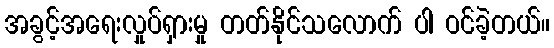
အခွင့်အရေးလှုပ်ရှားမှု တတ်နိုင်သလောက် ပါ ဝင်ခဲ့တယ်။